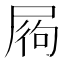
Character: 𡱺